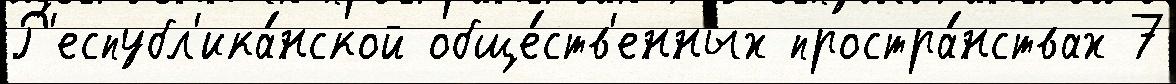
Р'еспубл'ика́нской обще́ств'енных простра́нствах 7